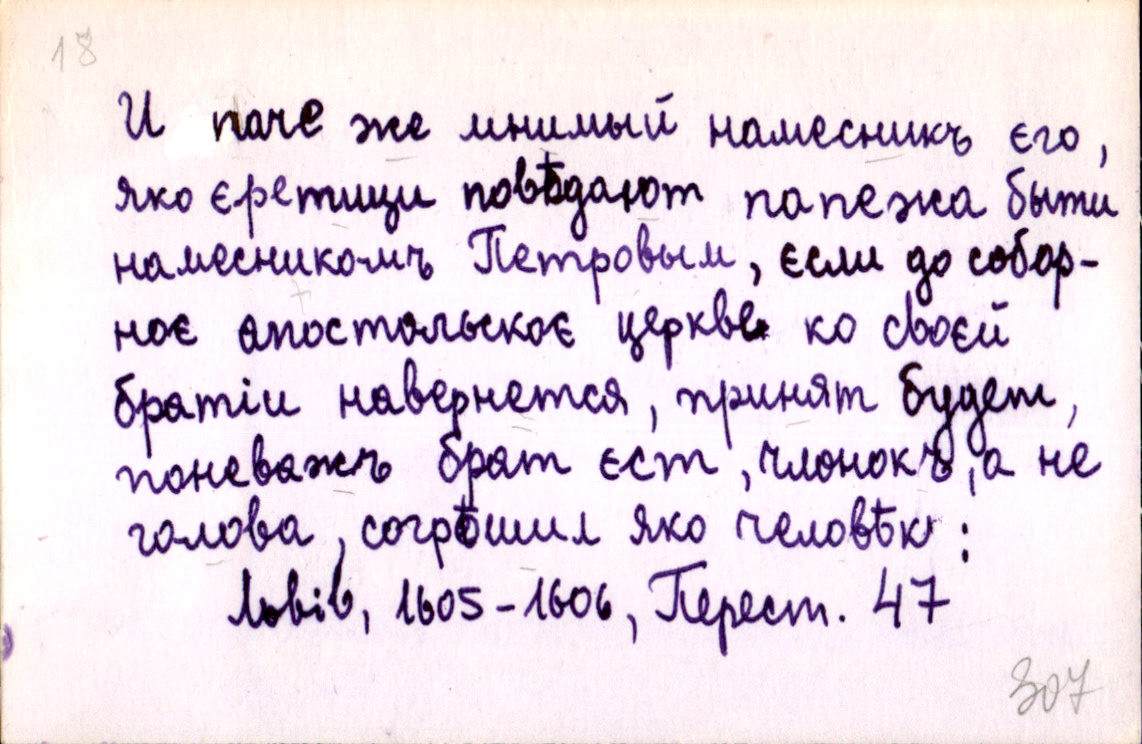
И паче же мнимый намесникъ єго,
яко єретици повѣдают папежа быти
намесникомъ Петровым, єсли до собор-
ноє апостольскоє церкве ко своєй
братіи навернется, принят будет,
поневажъ брат єст, члонокъ, а не
голова, согрѣшил яко человѣк :
Львів, 1605-1606, Перест. 47